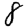
Digit: 8